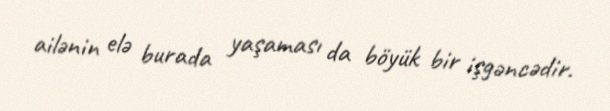
ailənin elə burada yaşaması da böyük bir işgəncədir.